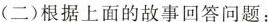
(二)根据上面的故事回答问题: